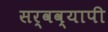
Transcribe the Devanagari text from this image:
सर्वव्‍यापी